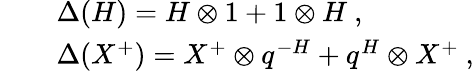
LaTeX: \begin{array}{rcl}{{}}&{{}}&{{\Delta(H)=H\otimes 1+1\otimes H~,}}\\ {{}}&{{}}&{{\Delta(X^{+})=X^{+}\otimes q^{-H}+q^{H}\otimes X^{+}~,}}\end{array}